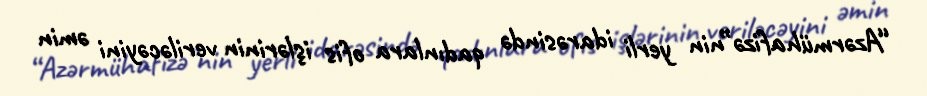
“Azərmühafizə”nin yerli idarəsində qadınlara ofis işlərinin veriləcəyini əmin